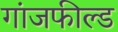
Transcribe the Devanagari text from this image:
गांजफील्ड